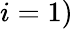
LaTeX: i=1)